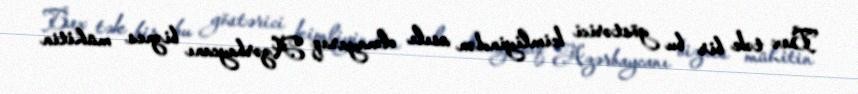
Bax tək bir bu göstərici kimliyindən asılı olmayaraq Azərbaycanı biznes mühitin